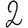
Digit: 2